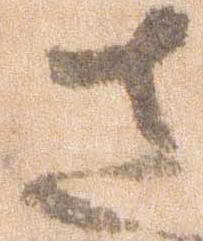
さ